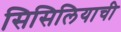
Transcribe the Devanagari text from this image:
सिसिलियाची